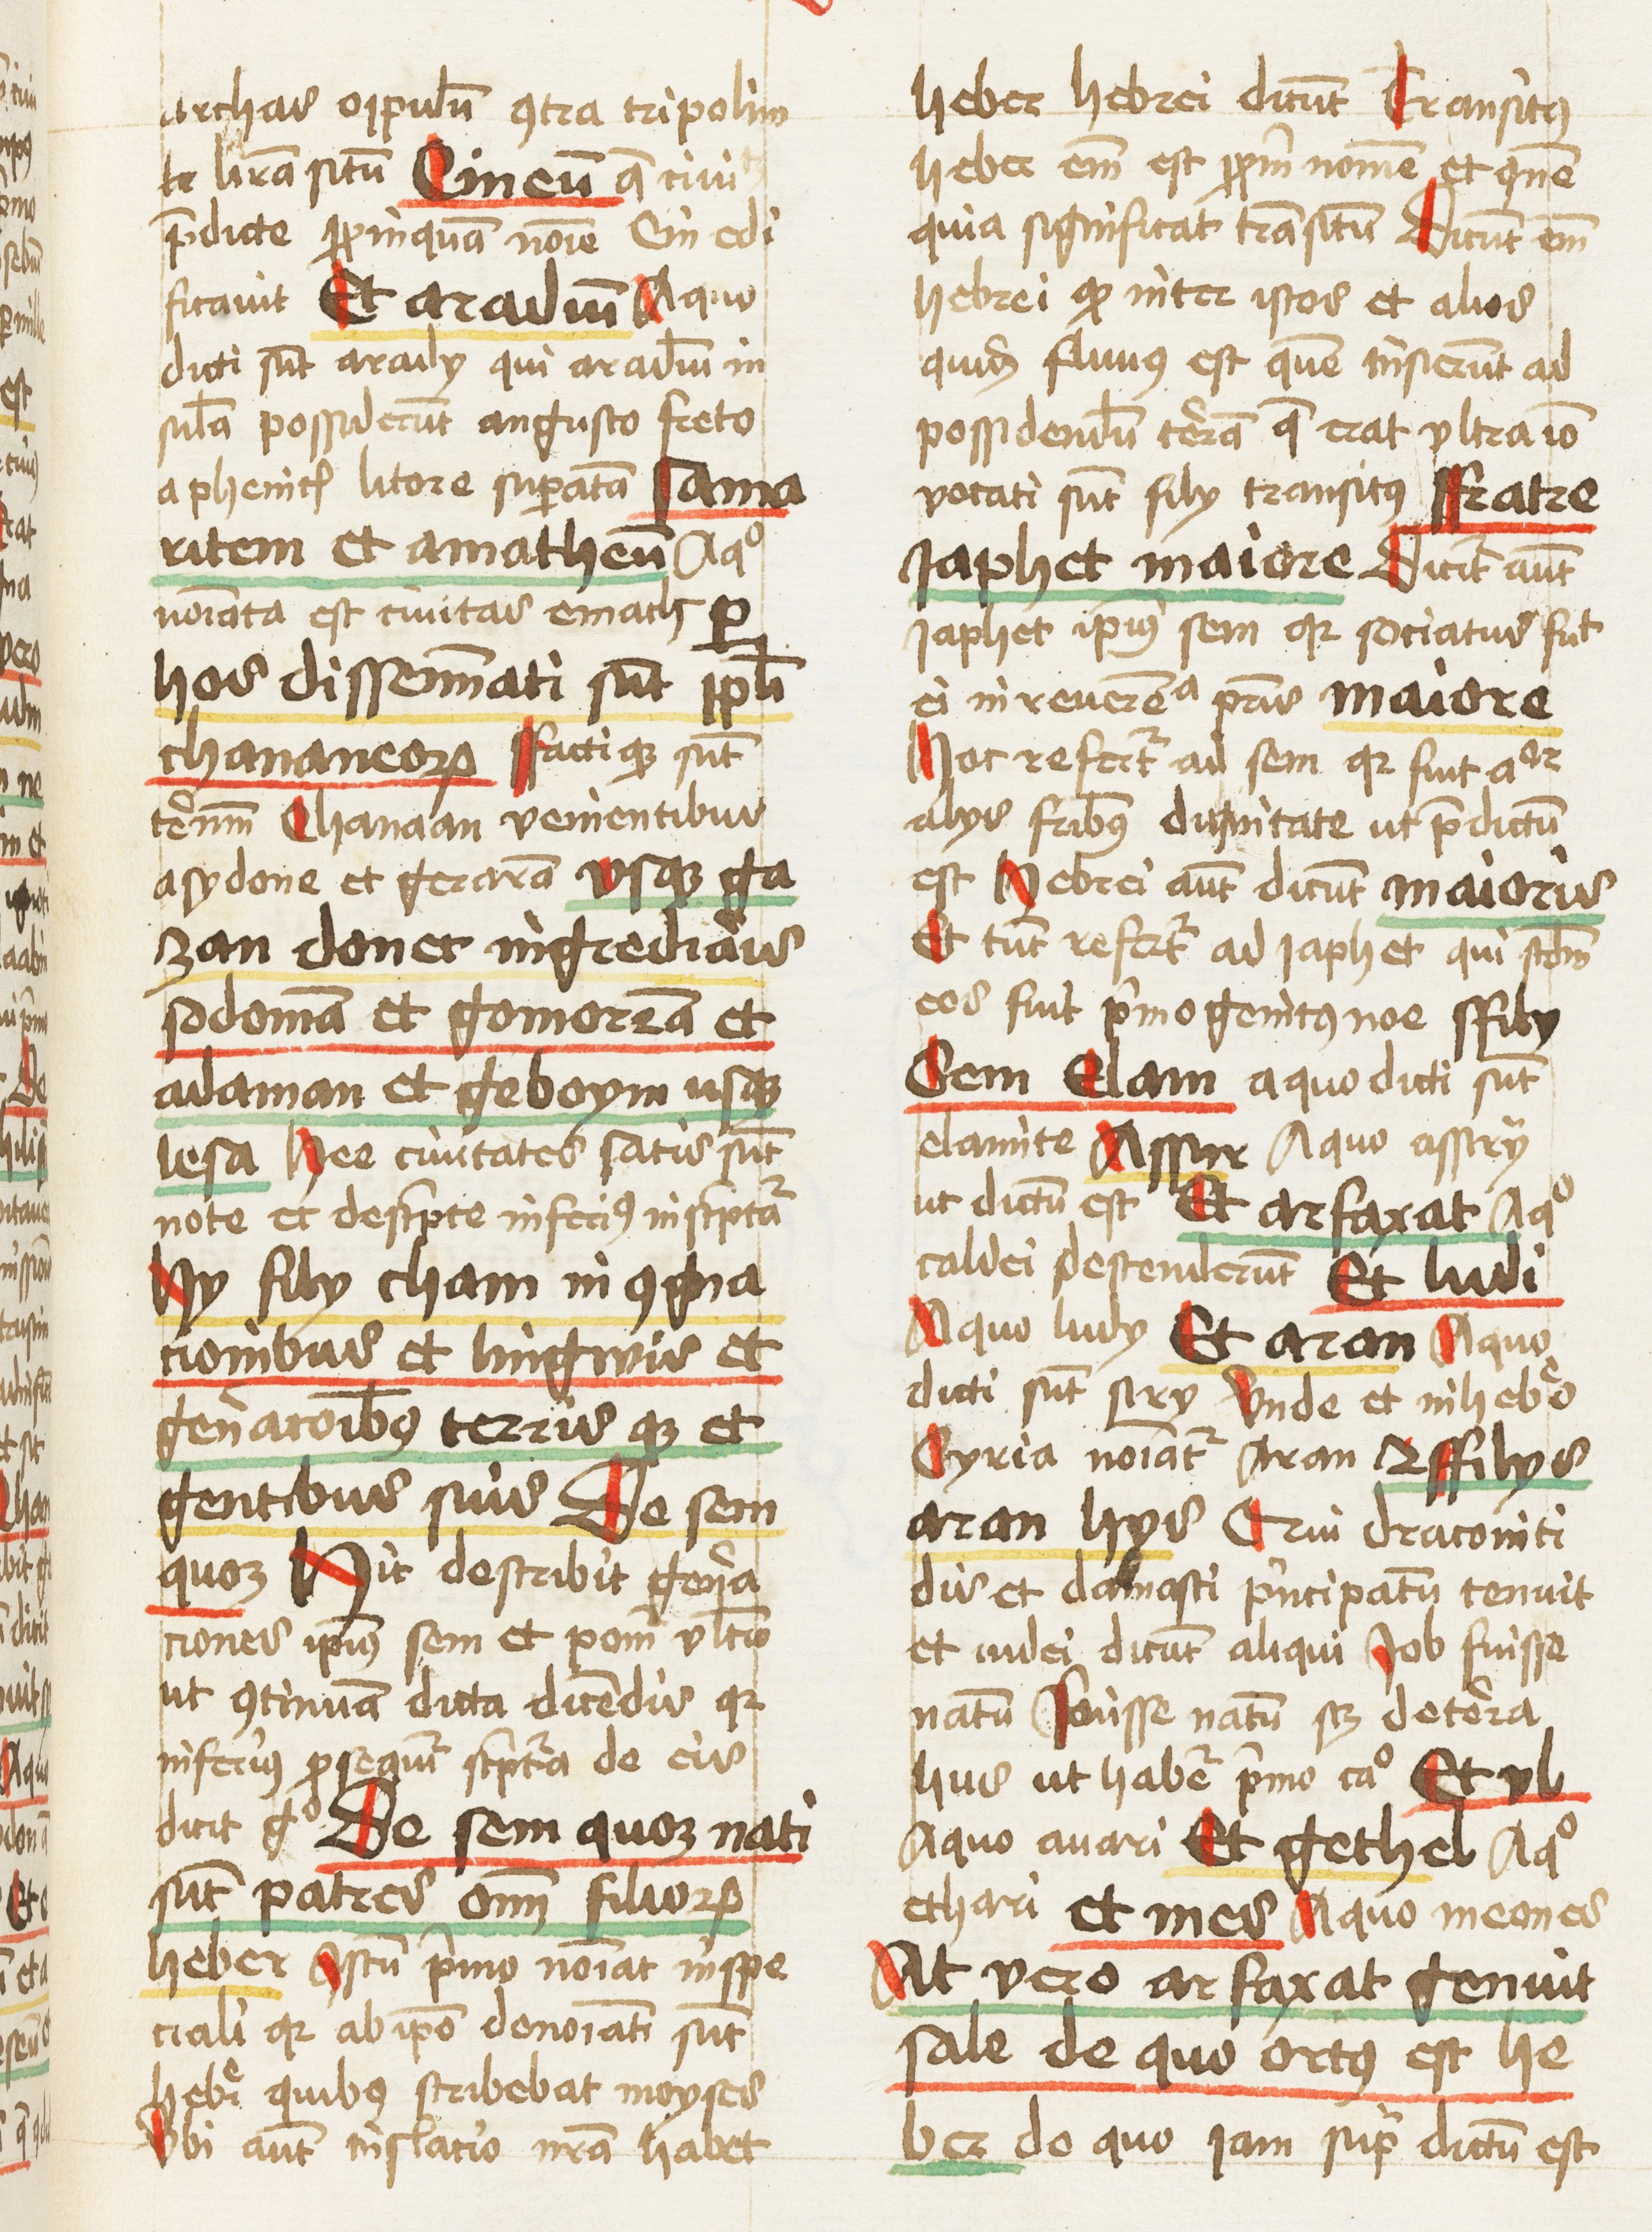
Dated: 1459–1461